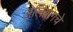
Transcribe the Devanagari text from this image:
अलिबागचे